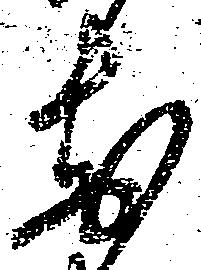
前